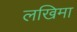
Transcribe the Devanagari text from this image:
लखिमा